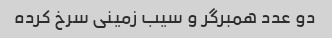
دو عدد همبرگر و سیب زمینی سرخ کرده